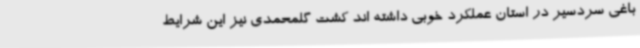
باغی سردسیر در استان عملکرد خوبی داشته اند کشت گلمحمدی نیز این شرایط